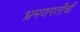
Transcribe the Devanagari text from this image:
भ्रमणगतीची